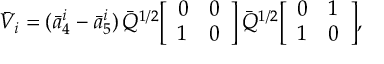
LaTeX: \bar { V } _ { i } = ( \bar { a } _ { 4 } ^ { i } - \bar { a } _ { 5 } ^ { i } ) \, \bar { Q } ^ { 1 / 2 } \Big [ \begin{array} { c c } { { 0 } } & { { 0 } } \\ { { 1 } } & { { 0 } } \end{array} \Big ] \, \bar { Q } ^ { 1 / 2 } \Big [ \begin{array} { c c } { { 0 } } & { { 1 } } \\ { { 1 } } & { { 0 } } \end{array} \Big ] ,